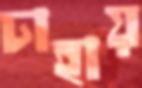
ঢাহায়